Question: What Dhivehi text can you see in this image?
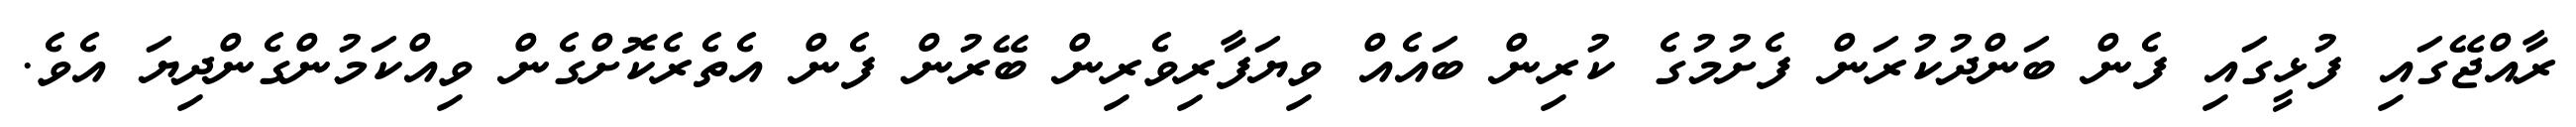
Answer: ރާއްޖޭގައި ފުޅީގައި ފެން ބަންދުކުރަން ފެށުމުގެ ކުރިން ބައެއް ވިޔަފާރިވެރިން ބޭރުން ފެން އެތެރެކޮށްގެން ވިއްކަމުންގެންދިޔަ އެވެ.